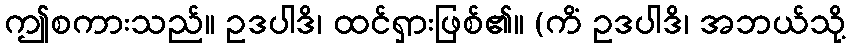
ဤစကားသည်။ ဥဒပါဒိ၊ ထင်ရှားဖြစ်၏။ (ကိံ ဥဒပါဒိ၊ အဘယ်သို့